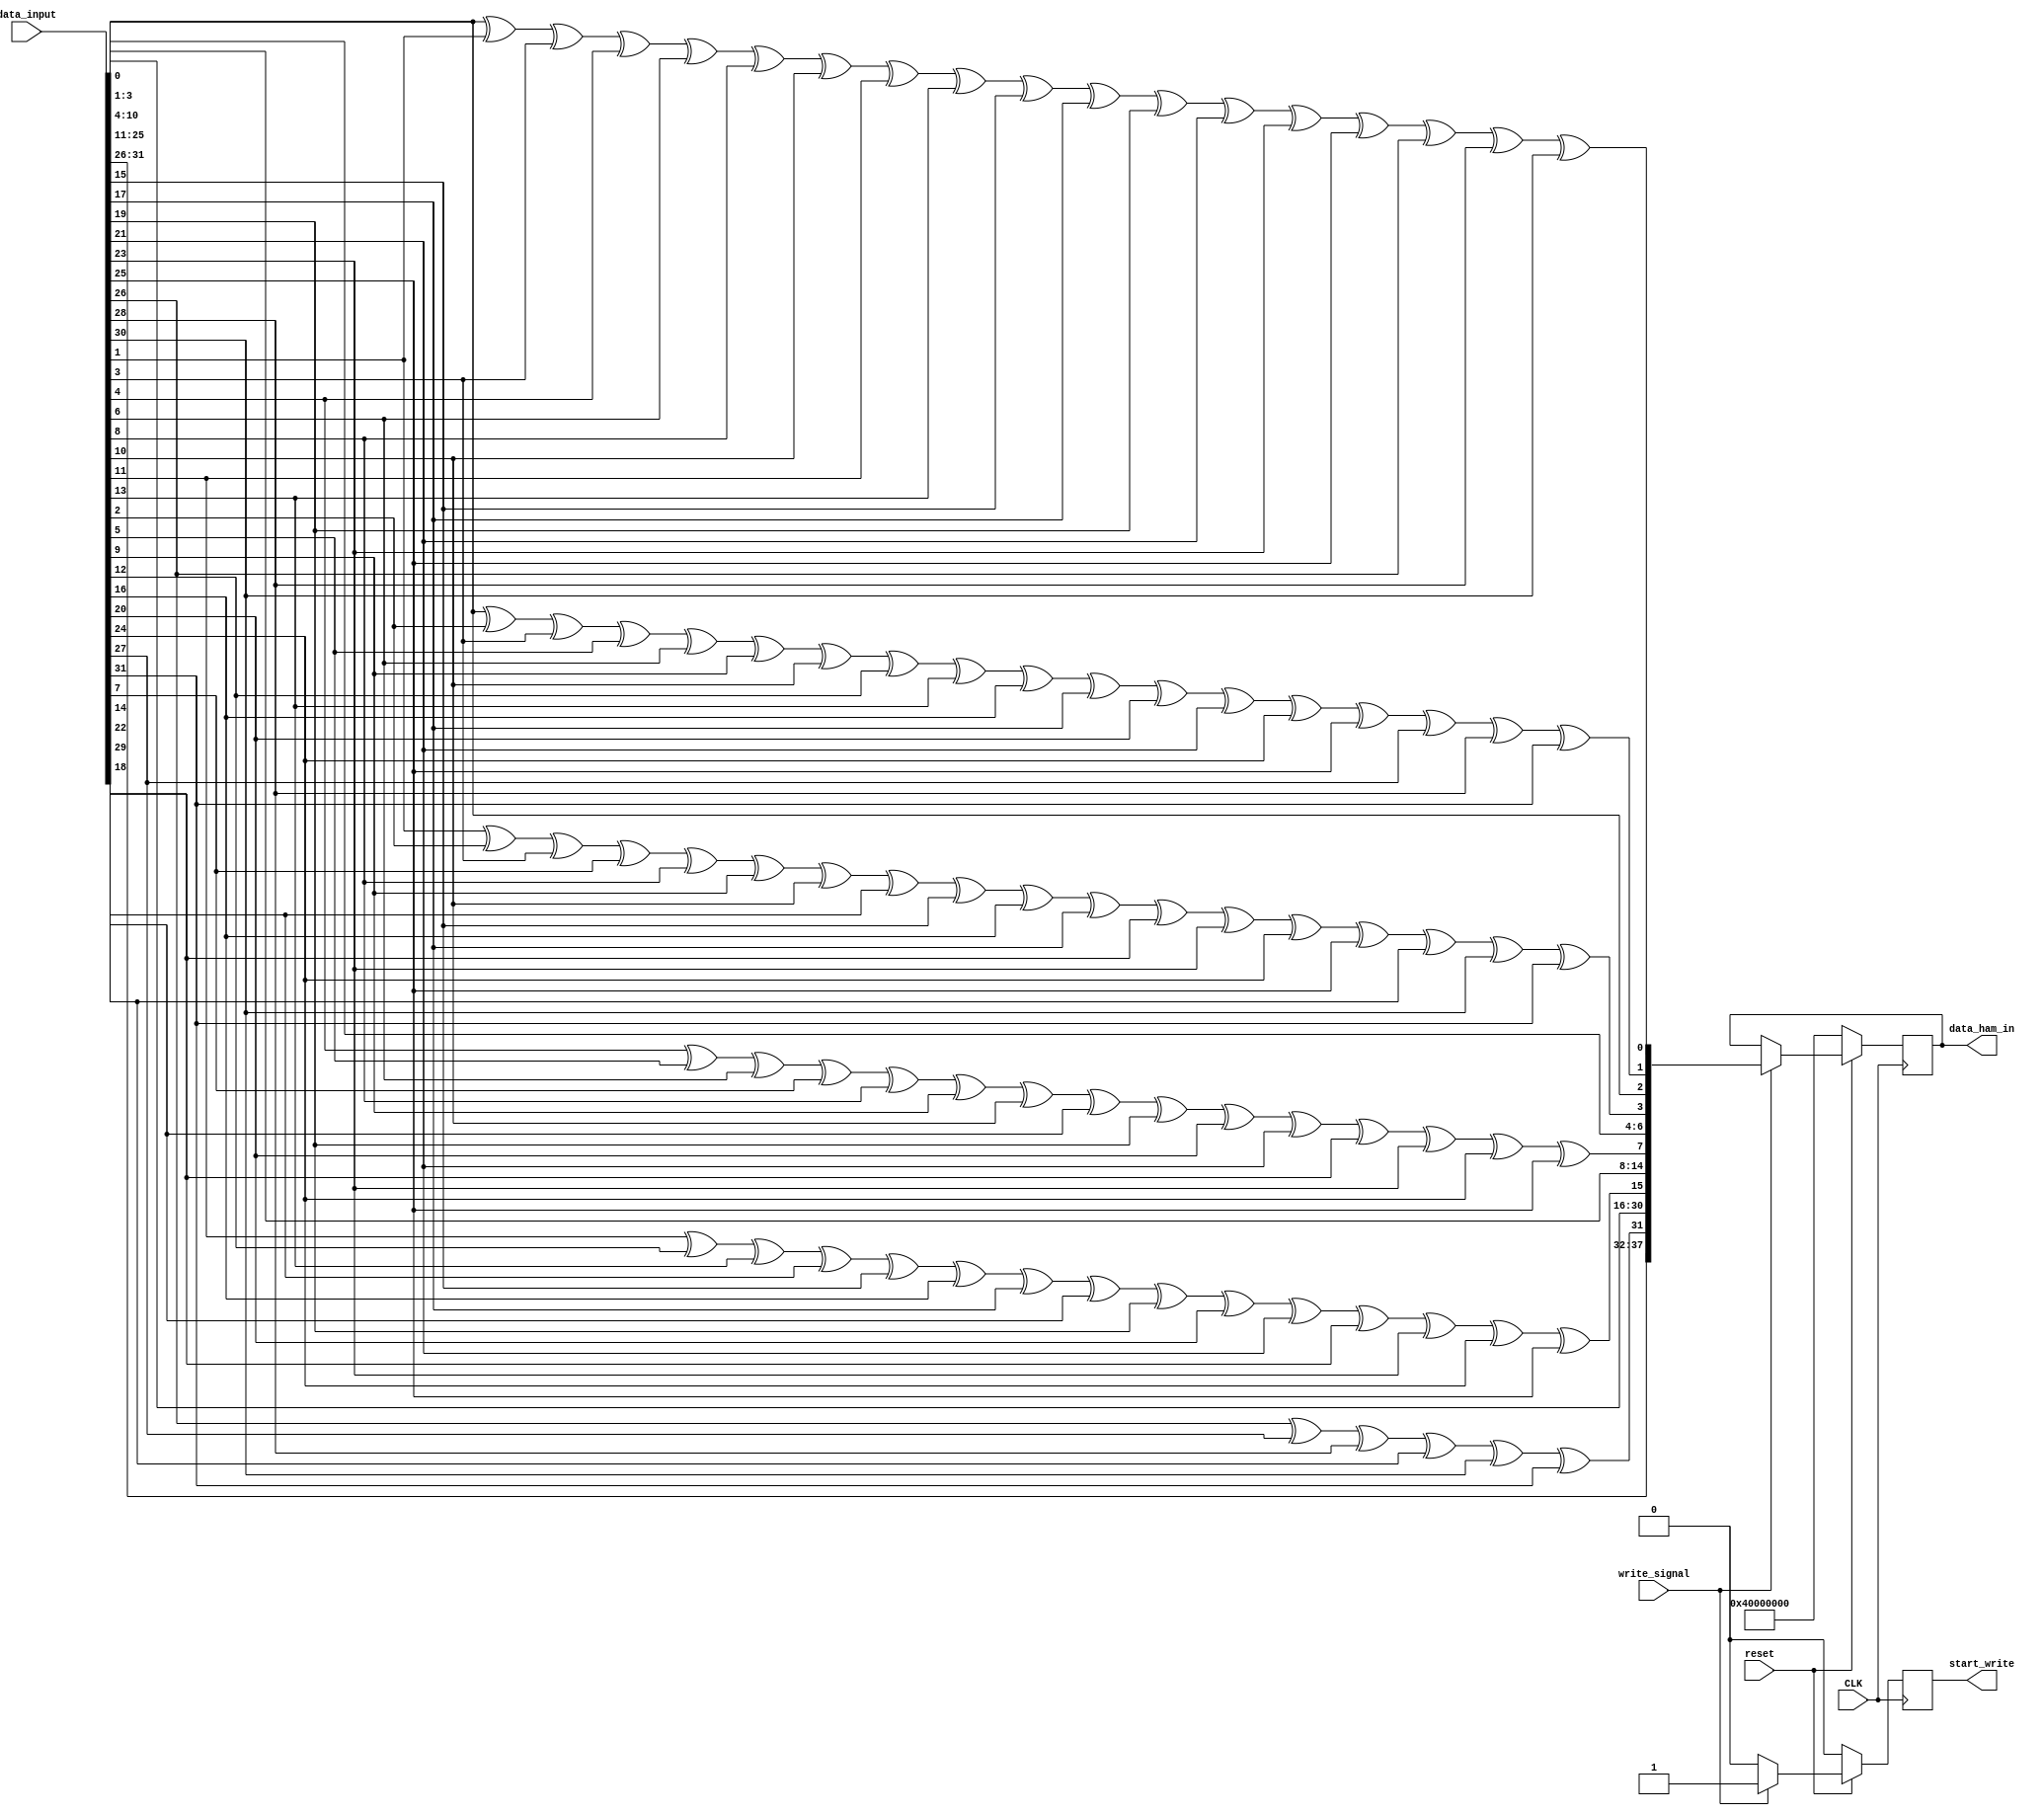
/****************************************************************************************************
 *                          ! THIS FILE WAS AUTO-GENERATED BY TMRG TOOL !                           *
 *                                   ! DO NOT EDIT IT MANUALLY !                                    *
 *                                                                                                  *
 *                                                                                                  *
 * user    : soldi                                                                                  *
 * host    : elt159xl.to.infn.it                                                                    *
 *                                                                                                  *
 * workdir : /export/elt159xl/disk0/users/soldi/LiTE-DTU_v2.0_2021_Simulations/pre-synth/LiteDTUv2_0_NoTMR *
 * cmd     : /export/elt159xl/disk0/users/soldi/LiTE-DTU_v2.0_2021_Simulations/tmrg/bin/tmrg -c     *
 *           tmr_Config/DTU_v2.cfg --tmr-dir=../LiteDTUv2_0_AUTOTMR/ -vvv                           *
 * tmrg rev: ececa199b20e3753893c07f87ef839ce926b269f                                               *
 *                                                                                                  *
 * src file: 5_0_LDTU_Hamm_TRX.v                                                                    *
 *           File is NOT under version control!                                                     *
 *           Modification time : 2021-07-12 12:03:31.503268                                         *
 *           File Size         : 3681                                                               *
 *           MD5 hash          : d6f7b012d56dd8ca9a48c9166418ee29                                   *
 *                                                                                                  *
 ****************************************************************************************************/

`timescale   1ns/1ps

module Hamm_TRX(
  CLK,
  reset,
  data_input,
  data_ham_in,
  write_signal,
  start_write
);
parameter    Nbits_32=32;
parameter    Nbits_ham=38;
input CLK;
input reset;
input [Nbits_32-1:0] data_input;
input write_signal;
output reg   [Nbits_ham-1:0] data_ham_in;
output reg    start_write;
wire p1;
wire p2;
wire p3;
wire p4;
wire p5;
wire p6;
assign p1 =  (reset==1'b0) ? 1'b0 : data_input[0] ^data_input[1] ^data_input[3] ^data_input[4] ^data_input[6] ^data_input[8] ^data_input[10] ^data_input[11] ^data_input[13] ^data_input[15] ^data_input[17] ^data_input[19] ^data_input[21] ^data_input[23] ^data_input[25] ^data_input[26] ^data_input[28] ^data_input[30] ;
assign p2 =  (reset==1'b0) ? 1'b0 : data_input[0] ^data_input[2] ^data_input[3] ^data_input[5] ^data_input[6] ^data_input[9] ^data_input[10] ^data_input[12] ^data_input[13] ^data_input[16] ^data_input[17] ^data_input[20] ^data_input[21] ^data_input[24] ^data_input[25] ^data_input[27] ^data_input[28] ^data_input[31] ;
assign p3 =  (reset==1'b0) ? 1'b0 : data_input[1] ^data_input[2] ^data_input[3] ^data_input[7] ^data_input[8] ^data_input[9] ^data_input[10] ^data_input[14] ^data_input[15] ^data_input[16] ^data_input[17] ^data_input[22] ^data_input[23] ^data_input[24] ^data_input[25] ^data_input[29] ^data_input[30] ^data_input[31] ;
assign p4 =  (reset==1'b0) ? 1'b0 : data_input[4] ^data_input[5] ^data_input[6] ^data_input[7] ^data_input[8] ^data_input[9] ^data_input[10] ^data_input[18] ^data_input[19] ^data_input[20] ^data_input[21] ^data_input[22] ^data_input[23] ^data_input[24] ^data_input[25] ;
assign p5 =  (reset==1'b0) ? 1'b0 : data_input[11] ^data_input[12] ^data_input[13] ^data_input[14] ^data_input[15] ^data_input[16] ^data_input[17] ^data_input[18] ^data_input[19] ^data_input[20] ^data_input[21] ^data_input[22] ^data_input[23] ^data_input[24] ^data_input[25] ;
assign p6 =  (reset==1'b0) ? 1'b0 : data_input[26] ^data_input[27] ^data_input[28] ^data_input[29] ^data_input[30] ^data_input[31] ;

always @( posedge CLK )
  begin
    if (reset==1'b0)
      begin
        data_ham_in =  38'b01000000000000000000000000000000;
        start_write =  1'b0;
      end
    else
      begin
        if (write_signal==1'b1)
          begin
            data_ham_in =  {data_input[31] ,data_input[30] ,data_input[29] ,data_input[28] ,data_input[27] ,data_input[26] ,p6,data_input[25] ,data_input[24] ,data_input[23] ,data_input[22] ,data_input[21] ,data_input[20] ,data_input[19] ,data_input[18] ,data_input[17] ,data_input[16] ,data_input[15] ,data_input[14] ,data_input[13] ,data_input[12] ,data_input[11] ,p5,data_input[10] ,data_input[9] ,data_input[8] ,data_input[7] ,data_input[6] ,data_input[5] ,data_input[4] ,p4,data_input[3] ,data_input[2] ,data_input[1] ,p3,data_input[0] ,p2,p1};
            start_write =  1'b1;
          end
        else
          begin
            start_write =  1'b0;
          end
      end
  end
endmodule